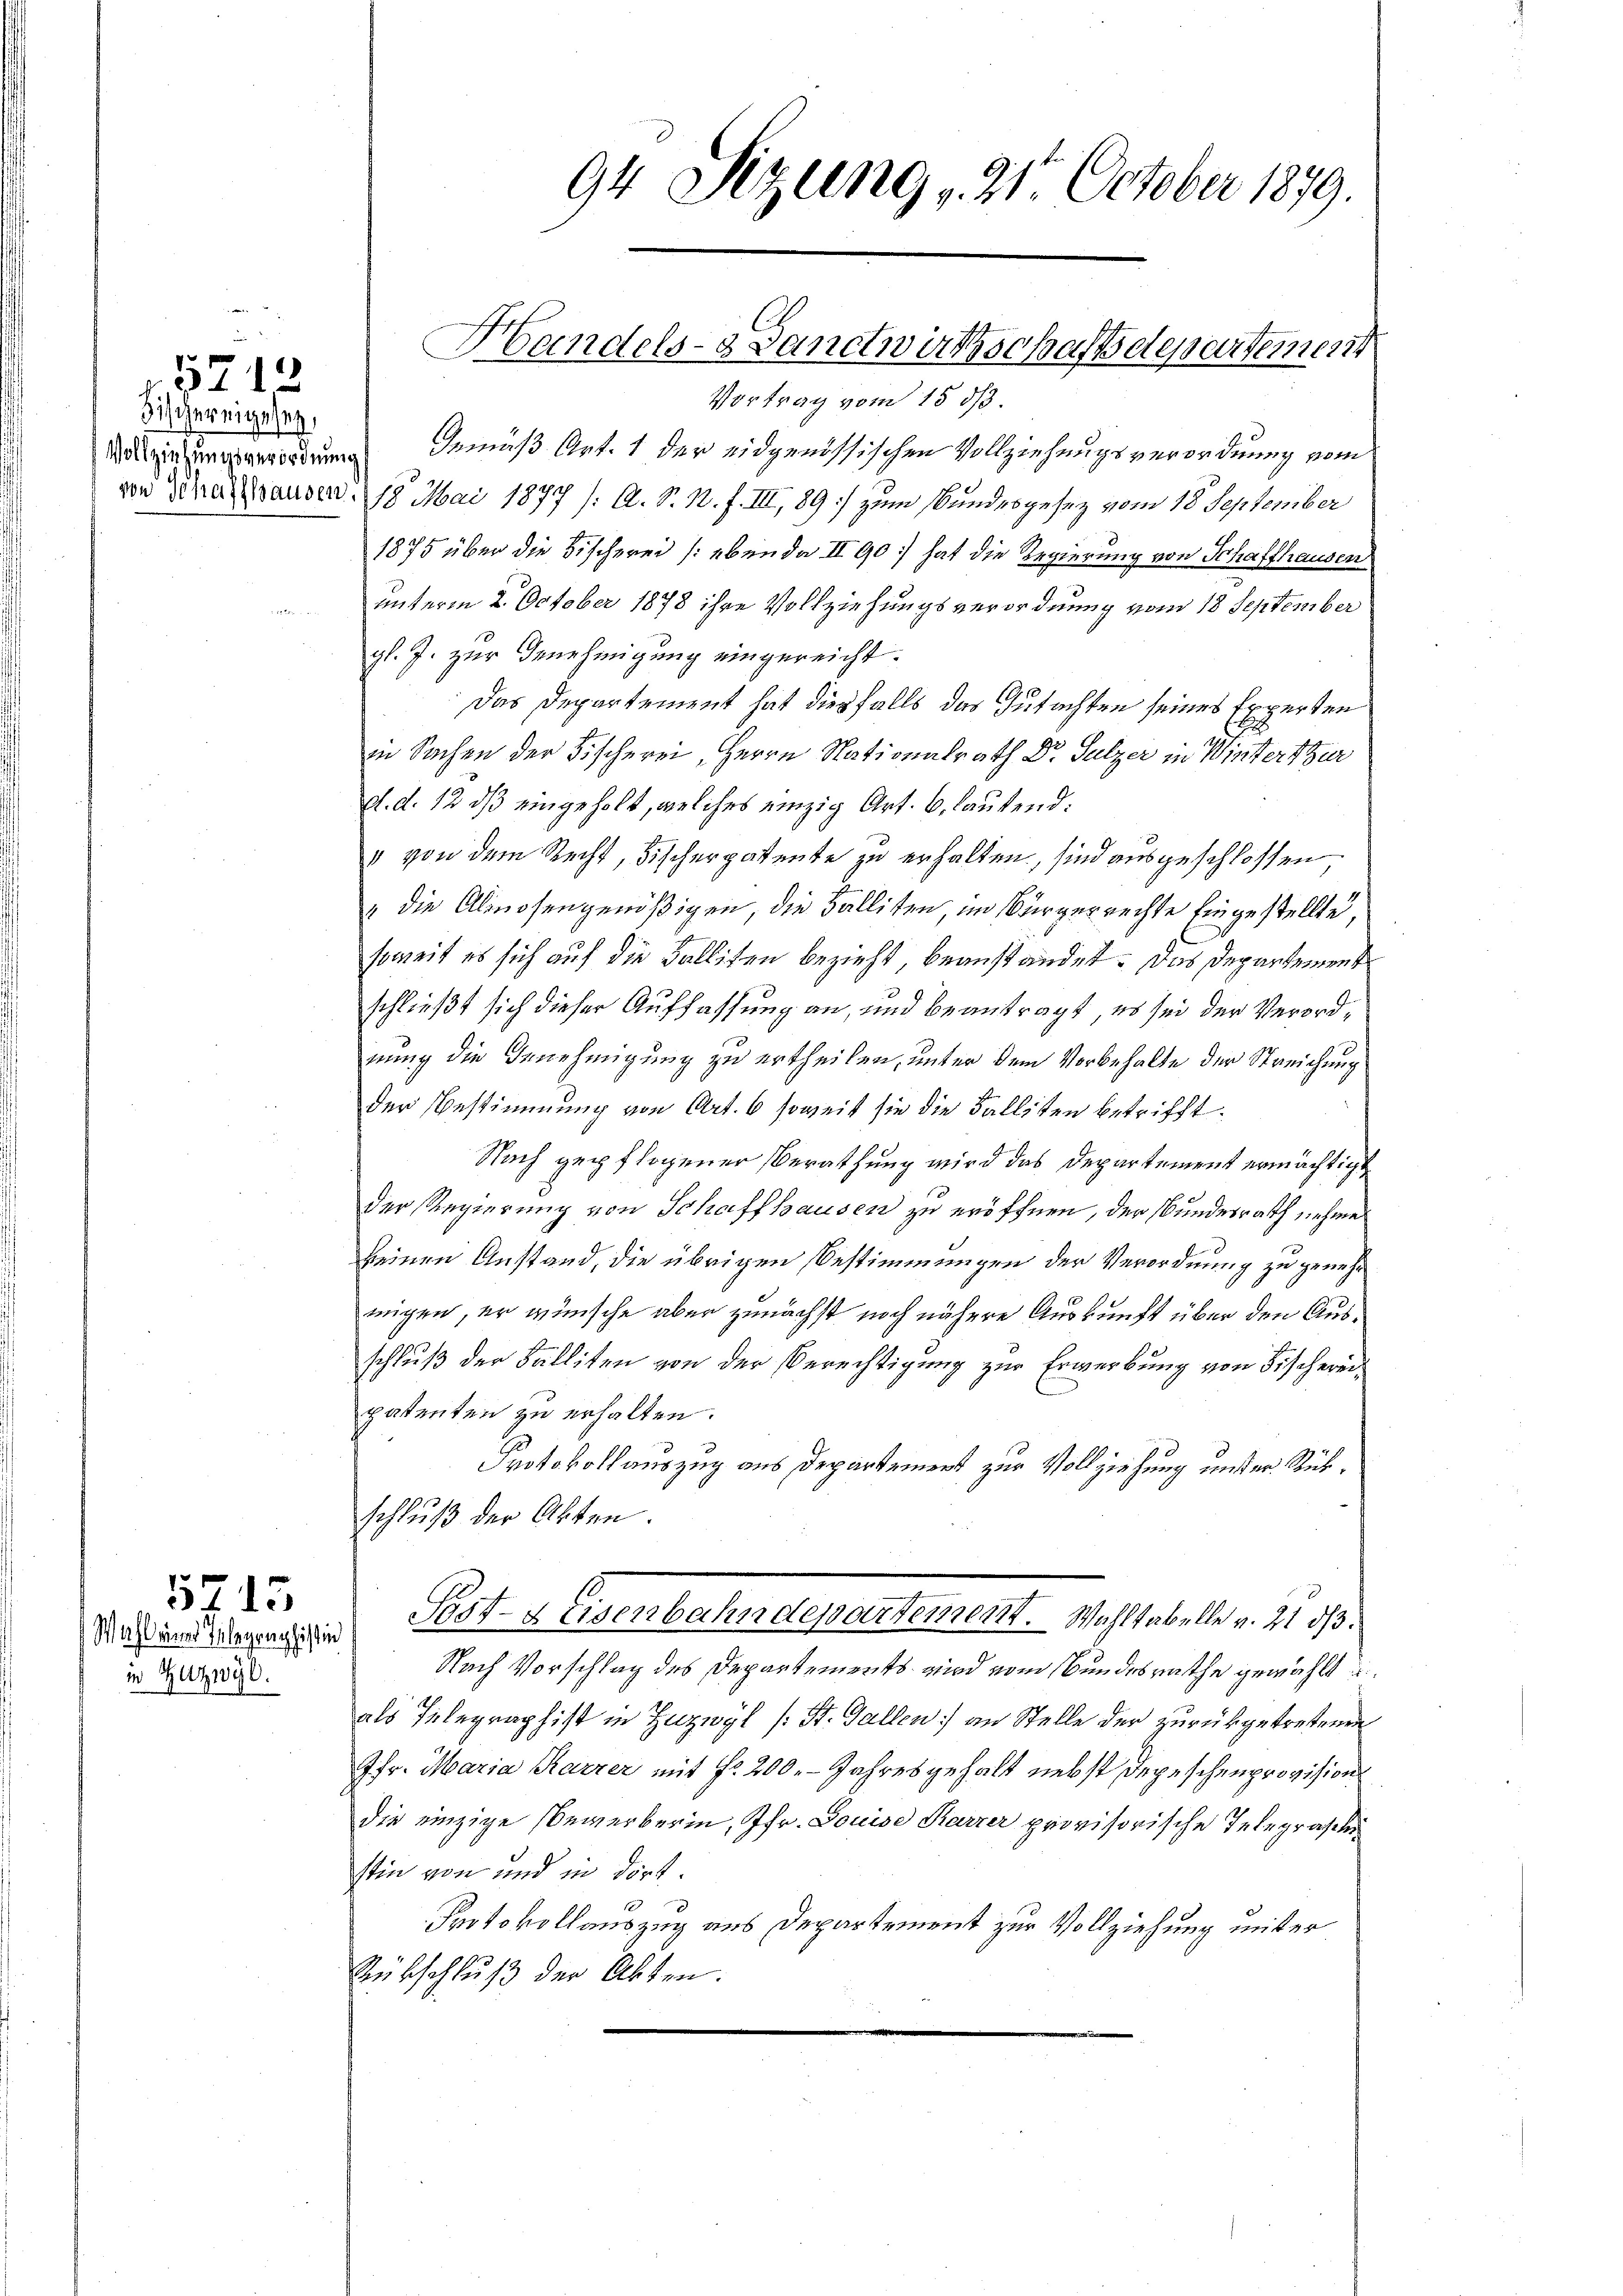
3ischereige sey,

in Zutzwyl.

5712

715

Vortrag vom 15. ds.
Rosziehungeordnung Gemäß Art. 1 der eidgenössischen Vollziehungsverordnung vom
von Schaffhausen, 18 Mai 1877 /: A. S. N. f. III, 89 zum Bundesgesez vom 18. September
1875 über die Fischerei (ebenda II 90 hat die Regierung von Schaffhausen
unterm 2. October 1878 ihre Vollziehungsverordnung vom 18 September
gl. J. zur Genehmigung eingereicht.
Das Departement hat diesfalls das Gutachten seines Experten
in Sachen der Fischerei, Herrn Nationalrath Dr. Sulzer in Winterthur
d. d. 12 dß eingeholt, welches einzig Art. 6, lautend:
" von dem Recht, Fischerpatente zu erhalten, sind ausgeschlossen
" die Alinosengenößigen, die Balliten, im Bürgerrechte Eingestellte,
soweit es sich auf die Balliten bezieht, beanstandet. Das Departement
schließt sich dieser Auffassung an, und beantragt, es sei der Verordnung die Genehmigung zu ertheilen, unter dem Vorbehalte der Streichung
der Bestimmung von Art. 6 soweit sie die Falliten betrifft.
Nach gepflogener Berathung wird das Departement ermächtigt
der Regierung von Schaffhausen zu eröffnen, der Bundesrath nehme
keinen Anstand, die übrigen Bestimmungen der Verordnung zu genehm
migen, er wünsche aber zunächst noch nähere Auskunft über den Ausschluß der Falliten von der Berechtigung zur Erwerbung von Fischereipatenten zu erhalten.
2
Protokollauszug aus Departement zur Vollziehung unser Rükschluß der Akten.
Dresden Prof. u. Eisenbahndepartement. Wahl tabelle v. 2. 30.
Nach Vorschlag des Departements wird vom Bundesrathe gewählt
als Telegraphist in Zuzwyl (: St. Gallen an Stelle der zurückgetretenen
7fr. Maria Karrer mit fr. 200. - Jahresgehalt nebst Depeschenprovision
die einzige Bewerberin, Ifr. Gouise Karzer provisorische Telegrasten
stin von und in dirt.
Protokollauszug aus Departement zur Vollziehung unter
Rübschluß der Akten.

Handels- Sanctwirtschaftsdepartement

94 Sizung , 21. October 1879.